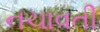
નચાવતી